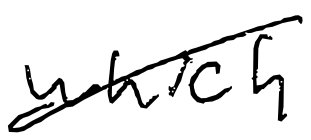
Text: which
Cross-out: diagonal
Writing tool: digital_black